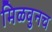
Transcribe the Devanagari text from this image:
मिळवुनच